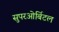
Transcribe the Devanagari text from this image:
सुपरओर्बिटल